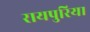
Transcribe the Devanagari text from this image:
रायपुरिया